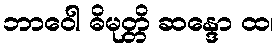
ဘာဝေါ ဓိမုတ္တိ ဆန္ဒော ထ၊